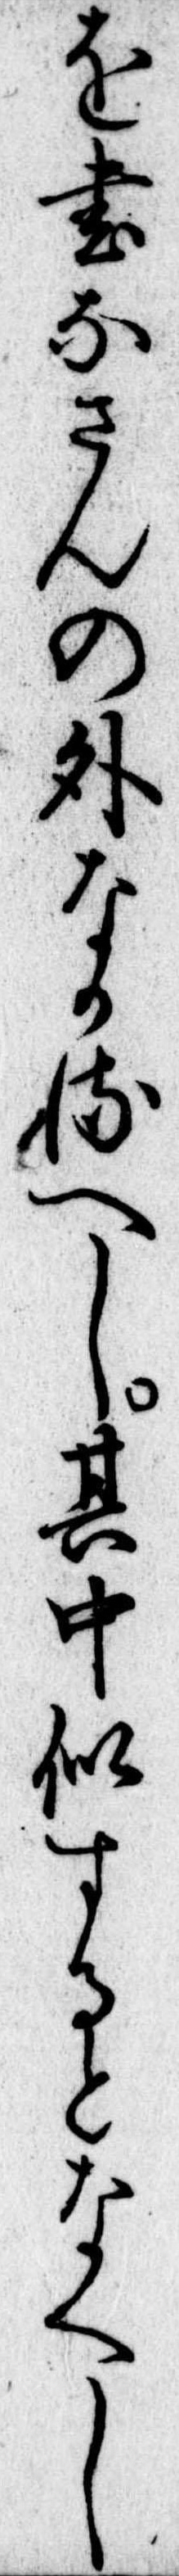
を書なさんの外なかるへし其中似するとなくし